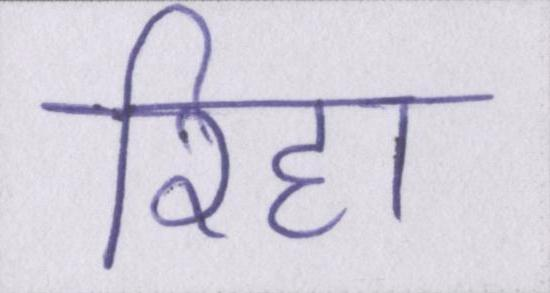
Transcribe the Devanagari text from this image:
रिहा